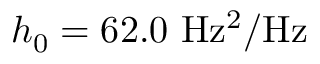
h _ { 0 } = 6 2 . 0 ~ \mathrm { H z ^ { 2 } / H z }